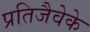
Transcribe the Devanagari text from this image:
प्रतिजैवेके